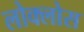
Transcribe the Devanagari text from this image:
लोक्लोस